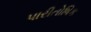
પારીતોષિક